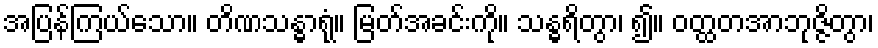
အပြန်ကြယ်သော။ တိဏသန္ဓာရုံ။ မြတ်အခင်းကို။ သန္ဓရိတွာ၊ ၍။ ဝတ္ထတအာဘုဇ္ဇိတွာ၊